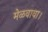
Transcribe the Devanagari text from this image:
मेळवावा।